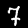
Digit: 7